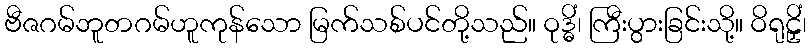
ဗီဇဂမ်ဘူတဂမ်ဟူကုန်သော မြက်သစ်ပင်တို့သည်။ ဝုဒ္ဓိံ၊ ကြီးပွားခြင်းသို့။ ဝိရုဠှိံ၊